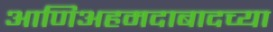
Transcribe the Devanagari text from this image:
आणिअहमदाबादच्या